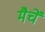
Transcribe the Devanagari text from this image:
मैचें